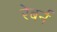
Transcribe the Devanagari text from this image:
रेबर्न